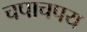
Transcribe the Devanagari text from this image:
चपाचपय